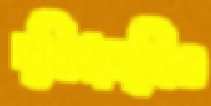
দ্বিধান্বিত